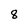
Character: 8